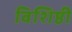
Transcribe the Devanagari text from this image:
विशिष्ठी